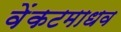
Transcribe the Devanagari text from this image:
वेंकटमाधव